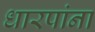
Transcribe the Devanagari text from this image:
धारपांना